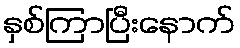
နှစ်ကြာပြီးနောက်